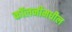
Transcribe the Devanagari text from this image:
कॉलनीमधील